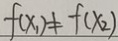
f ( x _ { 1 } ) \neq f ( x _ { 2 } )